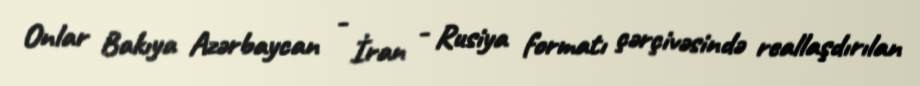
Onlar Bakıya Azərbaycan - İran - Rusiya formatı çərçivəsində reallaşdırılan